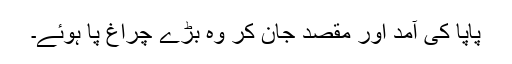
پاپا کی آمد اور مقصد جان کر وہ بڑے چراغ پا ہوئے۔